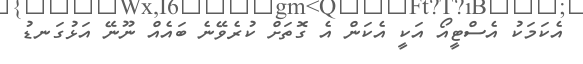
އެކަމަކު އެސްޓީއޯ އަކީ އެކަން އެ ގޮތަށް ކުރެވޭނެ ބައެއް ނޫނޭ އަޅުގަނޑު